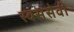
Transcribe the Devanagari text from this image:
स्वसंसेवी